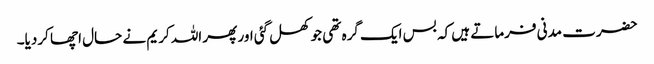
حضرت مدنی فرماتے ہیں کہ بس ایک گرہ تھی جو کھل گئی اور پھر اللہ کریم نے حال اچھا کردیا۔